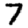
Digit: 7